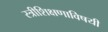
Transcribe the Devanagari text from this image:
स्त्रीशिक्षणाविषयी